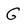
Character: G